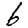
Digit: 6